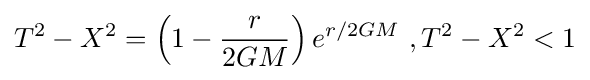
T^{2}-X^{2}=\left(1-{\frac {r}{2GM}}\right)e^{r/2GM}\ ,T^{2}-X^{2}<1